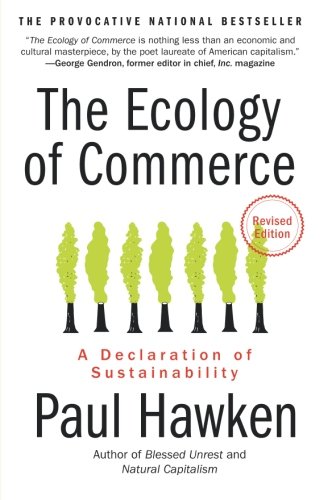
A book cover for The Ecology of Commerce Revised Edition: A Declaration of Sustainability (Collins Business Essentials); Paul Hawken; Business & Money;